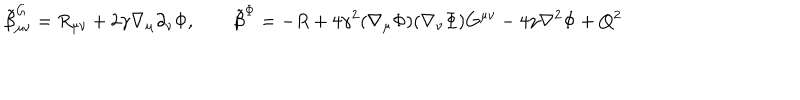
{ \tilde { \beta } } _ { \mu \nu } ^ { G } = R _ { \mu \nu } + 2 \gamma \nabla _ { \mu } \partial _ { \nu } \Phi , \qquad { \tilde { \beta } } ^ { \Phi } = - R + 4 \gamma ^ { 2 } ( \nabla _ { \mu } \Phi ) ( \nabla _ { \nu } \Phi ) G ^ { \mu \nu } - 4 \gamma \nabla ^ { 2 } \Phi + Q ^ { 2 }